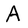
Character: A